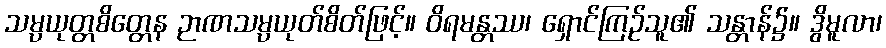
သမ္ပယုတ္တစိတ္တေန ဉာဏသမ္ပယုတ်စိတ်ဖြင့်။ ဝိရမန္တဿ၊ ရှောင်ကြဉ်သူ၏ သန္တာန်၌။ ဒွိမူလာ၊